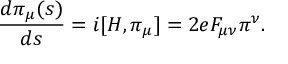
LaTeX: \frac { d \pi _ { \mu } ( s ) } { d s } = i [ H , \pi _ { \mu } ] = 2 e F _ { \mu \nu } \pi ^ { \nu } .